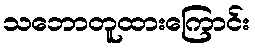
သဘောတူထားကြောင်း